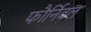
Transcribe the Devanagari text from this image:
फौर्निवल